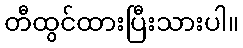
တီထွင်ထားပြီးသားပါ။